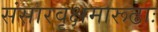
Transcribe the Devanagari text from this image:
संसारवृक्षमारूढाः